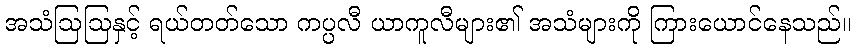
အသံဩဩနှင့် ရယ်တတ်သော ကပ္ပလီ ယာကူလီများ၏ အသံများကို ကြားယောင်နေသည်။